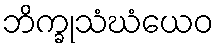
ဘိက္ခုသံဃံယေဝ